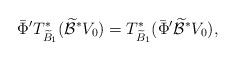
\begin{align*}\bar\Phi' T^*_{\widetilde B_1}(\widetilde{\mathcal B}^*V_0)= T^*_{\widetilde B_1}(\bar\Phi'\widetilde{\mathcal B}^*V_0),\end{align*}